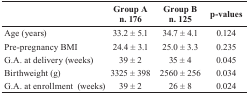
| <ROWSPAN=2>  | Group A | Group B | <ROWSPAN=2> p-values |
 | n. 176 | n. 125 |
 | --- | --- | --- | --- |
 | Age (years) | 33.2 ± 5.1 | 34.7 ± 4.1 | 0.124 |
 | Pre-pregnancy BMI | 24.4 ± 3.1 | 25.0 ± 3.3 | 0.235 |
 | G.A. at delivery (weeks) | 39 ± 2 | 35 ± 4 | 0.045 |
 | Birthweight (g) | 3325 ± 398 | 2560 ± 256 | 0.034 |
 | G.A. at enrollment (weeks) | 39 ± 2 | 26 ± 8 | 0.024 |